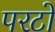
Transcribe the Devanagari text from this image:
परटो